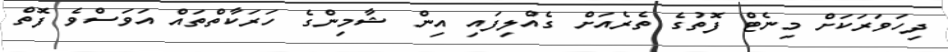
ދިހަވަރަކަށް މިނެޓް ފޮތުގެ ތެރެއަށް ގެއްލިފައި އިން ޝާމިންގެ ހަރަކާތްތައް އަވަސްވެ ފޮތް